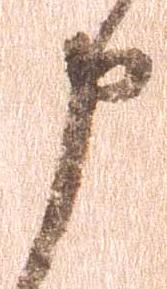
申